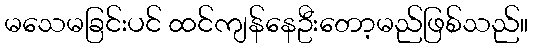
မသေမခြင်းပင် ထင်ကျန်နေဦးတော့မည်ဖြစ်သည်။